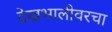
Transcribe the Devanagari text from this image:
देखभालीवरचा